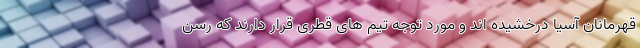
قهرمانان آسیا درخشیده اند و مورد توجه تیم های قطری قرار دارند که رسن